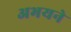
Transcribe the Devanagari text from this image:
अभयने